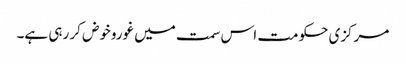
مرکزی حکومت اس سمت میں غوروخوض کر رہی ہے۔